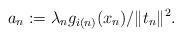
LaTeX: \begin{align*}a_{n}:=\lambda_{n}g_{i(n)}(x_{n})/\Vert t_{n}\Vert^{2}. \end{align*}